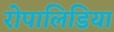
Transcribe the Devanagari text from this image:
रोपालिडिया